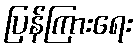
ပြန်ကြားရေး